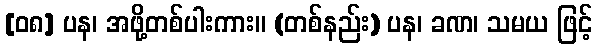
[၀၈] ပန၊ အဖို့တစ်ပါးကား။ (တစ်နည်း) ပန၊ ခဏ၊ သမယ ဖြင့်